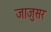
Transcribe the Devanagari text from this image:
जाजुसर